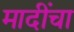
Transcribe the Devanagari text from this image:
मादींचा